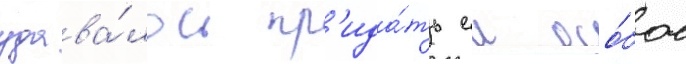
удава́лось пр'ида́ть еи осо́бое